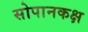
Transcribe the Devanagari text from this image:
सोपानकक्ष